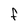
Character: F